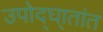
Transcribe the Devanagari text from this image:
उपोद्‌घा्तांत